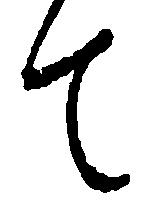
て